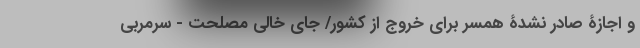
و اجازۀ صادر نشدۀ همسر برای خروج از کشور/ جای خالی مصلحت - سرمربی